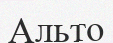
Альто